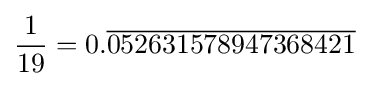
{\frac {1}{19}}=0.{\overline {052631578947368421}}